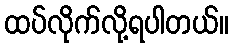
ထပ်လိုက်လို့ရပါတယ်။